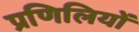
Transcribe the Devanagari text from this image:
प्रणिलियों